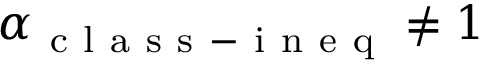
\alpha _ { \mathrm { ~ c ~ l ~ a ~ s ~ s ~ - ~ i ~ n ~ e ~ q ~ } } \neq 1